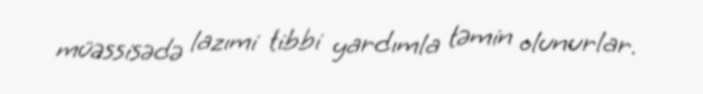
müəssisədə lazımi tibbi yardımla təmin olunurlar.